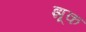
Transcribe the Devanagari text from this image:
झूक